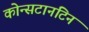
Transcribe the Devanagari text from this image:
कोन्सटानटिन